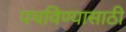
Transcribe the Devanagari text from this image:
पचविण्यासाठी